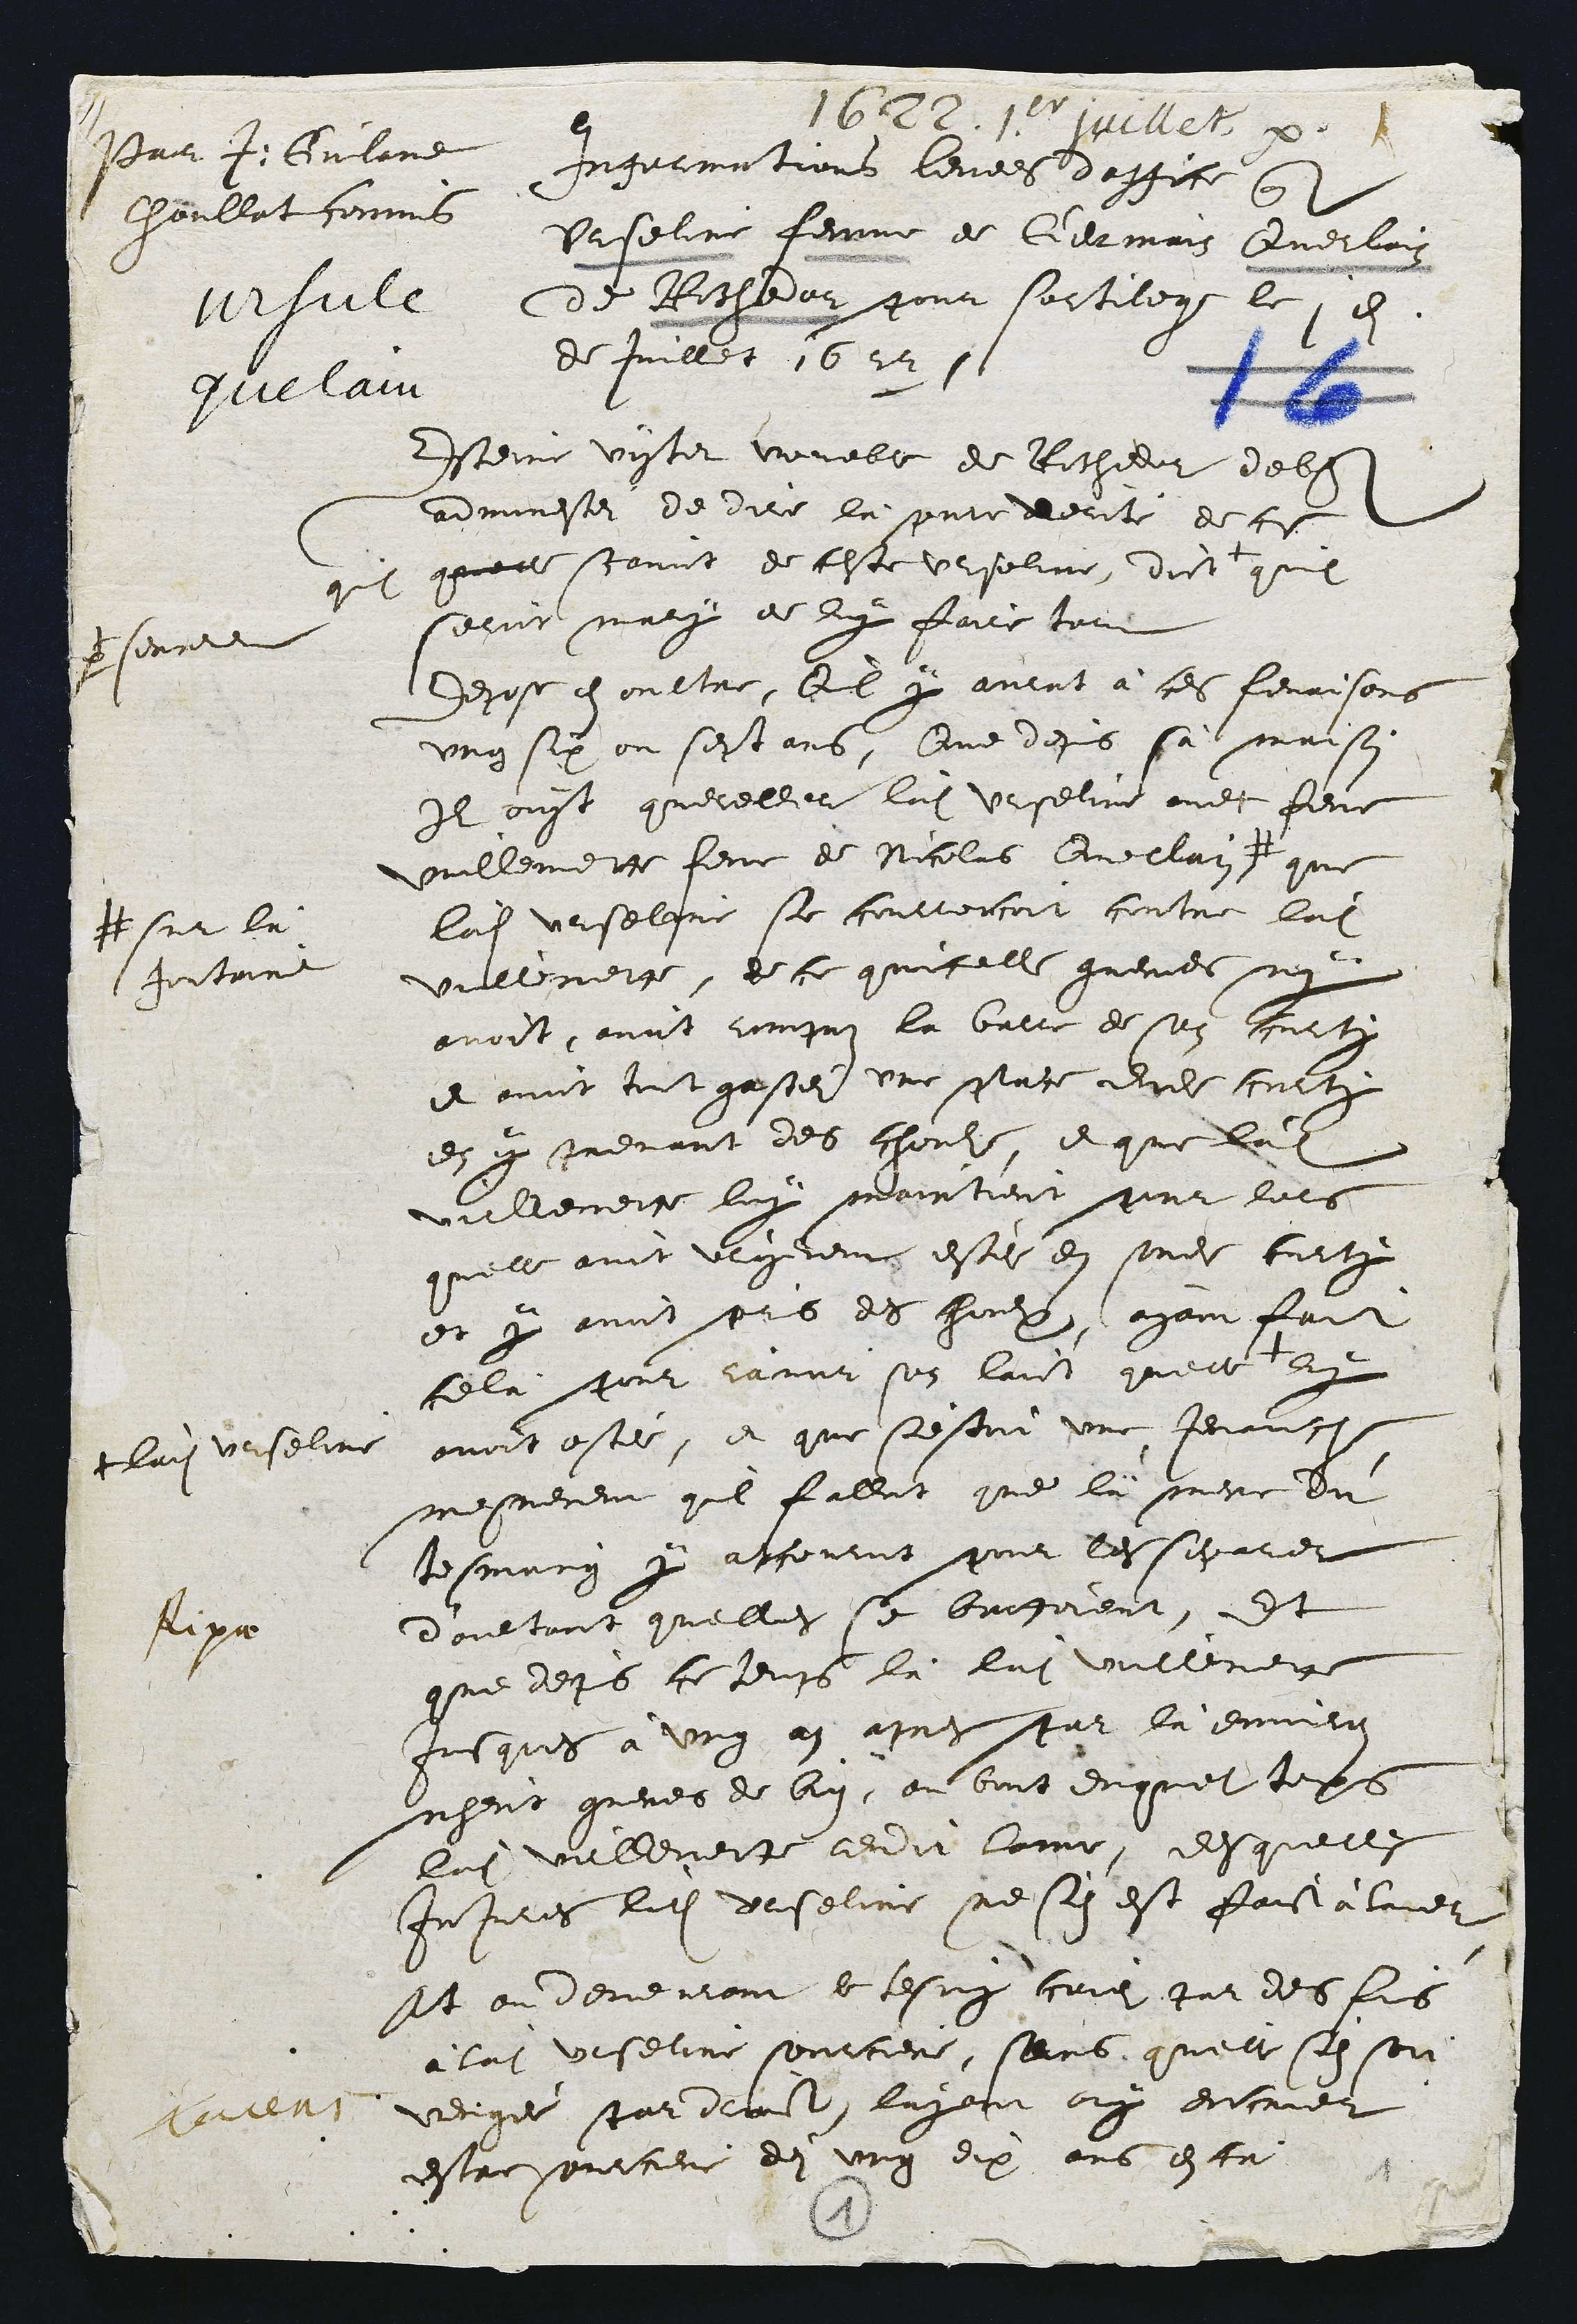
Pair J. Guland
Choullat commis
verfule
quelau

1622. 15r jvellet
Ingerme tions levees d'office qne
Urseline femme de Germais Querlain
de Rochedan pour sortilege le 1an
de Juillet 1622

Esteinie vistet voueble de Rochedor delle
adminestei de dire la presente derite de ce
que quelle scavoit de ceste Urseline, dict
persenne
quil
seroit mary de luy faire tout
depose en oultre, Qil y aulat à ces fenaisons
ung six ou sest ans. Que depuis sà maison
Il ouyt quereller ladite Urseline avec feue
Millemette feme de Nicolas Quellain #
# sur lu
fontaine
que
ladite Urselgre se courtercoit contre ladite
vullnette, de ce quicelle guerier nen
avoit, avoit rompaz la barre de son Jurti
et avoit tout gassei une place dudit culty
en y prenant des chouls, et que ladite
vullemeitte luy maintient pour lors
quelle avoit Urgemeits estei en sondit curty
et y avoit pris des heux, ayant fait
celà pour ravor son laict quelle
+t ladite Urselin
ny
avoit ostée, et que s'estoit une jenance
mesmement quil falloit que là mere du
tesmoing y acouruit pour les sigarer
d'aultant quelles se brutoient, Et
que depuis ce temps là ludite vullement
Jusques à ung an apres par là environ
nheut greves de bien, au bout dnquet temps
ladite vullemette rendit lome, desquelle
Injures ladite Urseline ne syn est faictalure
Et ou deveurant le tesmy criez par des fus
à ladite Urseline sourciere, sans, quelle sen son
verigee par droit, layant oy encruer
estre sourciere dei ung dix ans esta

Aipa

3
1